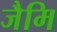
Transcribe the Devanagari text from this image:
जैमि